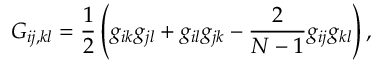
G _ { i j , k l } = \frac { 1 } { 2 } \left( g _ { i k } g _ { j l } + g _ { i l } g _ { j k } - \frac { 2 } { N - 1 } g _ { i j } g _ { k l } \right) ,